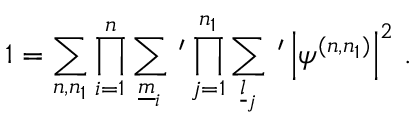
1 = \sum _ { n , n _ { 1 } } \prod _ { i = 1 } ^ { n } \sum _ { \underline { { { m } } } _ { i } } \, ^ { \prime } \prod _ { j = 1 } ^ { n _ { 1 } } \sum _ { \underline { { { l } } } _ { j } } \, ^ { \prime } \left| \psi ^ { ( n , n _ { 1 } ) } \right| ^ { 2 } \, .